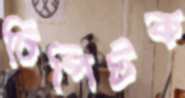
চিপিটক